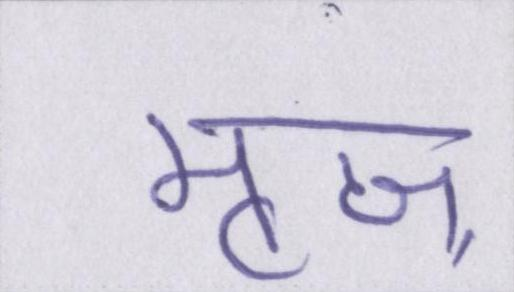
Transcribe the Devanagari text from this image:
मृज्